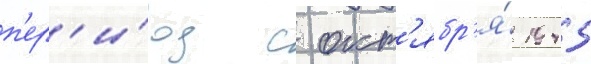
п'ер'и́од с окт'ябр'я́ 1945